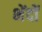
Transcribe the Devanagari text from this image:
भेंदों